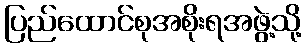
ပြည်ထောင်စုအစိုးရအဖွဲ့သို့